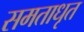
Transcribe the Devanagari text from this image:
समताधृत